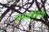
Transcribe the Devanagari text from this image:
ऊष्मप्रवैगिक